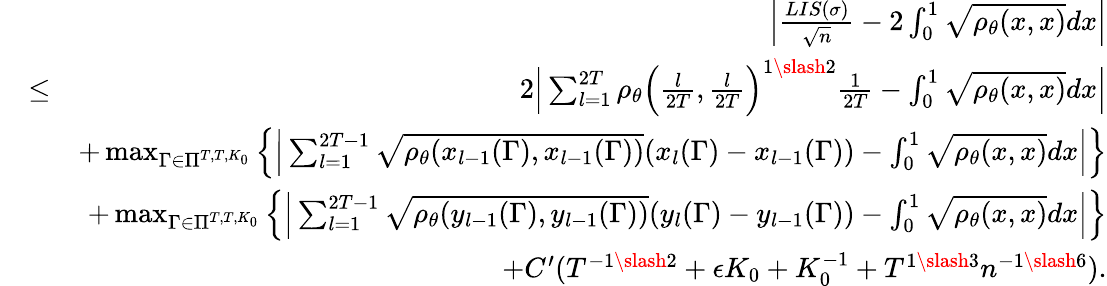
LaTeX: \begin{array}{rlr}&{}&{\Big|\frac{LIS(\sigma)}{\sqrt{n}}-2\int_{0}^{1}\sqrt{\rho_{\theta}(x,x)}dx\Big|}\\ &{\leq}&{2\Big|\sum_{l=1}^{2T}\rho_{\theta}\Big(\frac{l}{2T},\frac{l}{2T}\Big)^{1\slash 2}\frac{1}{2T}-\int_{0}^{1}\sqrt{\rho_{\theta}(x,x)}dx\Big|}\\ &{}&{+\operatorname*{max}_{\Gamma\in\Pi^{T,T,K_{0}}}\Big\{ \Big|\sum_{l=1}^{2T-1}\sqrt{\rho_{\theta}(x_{l-1}(\Gamma),x_{l-1}(\Gamma))}(x_{l}(\Gamma)-x_{l-1}(\Gamma))-\int_{0}^{1}\sqrt{\rho_{\theta}(x,x)}dx\Big|\Big\} }\\ &{}&{+\operatorname*{max}_{\Gamma\in\Pi^{T,T,K_{0}}}\Big\{ \Big|\sum_{l=1}^{2T-1}\sqrt{\rho_{\theta}(y_{l-1}(\Gamma),y_{l-1}(\Gamma))}(y_{l}(\Gamma)-y_{l-1}(\Gamma))-\int_{0}^{1}\sqrt{\rho_{\theta}(x,x)}dx\Big|\Big\} }\\ &{}&{+C^{\prime}(T^{-1\slash 2}+\epsilon K_{0}+K_{0}^{-1}+T^{1\slash 3}n^{-1\slash 6}).}\end{array}